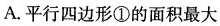
A.平行四边形①的面积最大